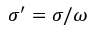
\sigma ^ { \prime } = \sigma / \omega